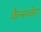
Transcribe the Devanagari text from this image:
कैन्सजेरा